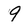
Character: 9